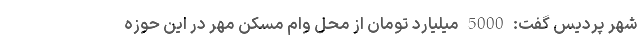
شهر پردیس گفت: 5000 میلیارد تومان از محل وام مسکن مهر در این حوزه